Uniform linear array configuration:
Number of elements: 48
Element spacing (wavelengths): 0.25
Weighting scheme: exponential
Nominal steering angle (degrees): -30
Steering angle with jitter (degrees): -28.387
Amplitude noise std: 0.05
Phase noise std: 0.05

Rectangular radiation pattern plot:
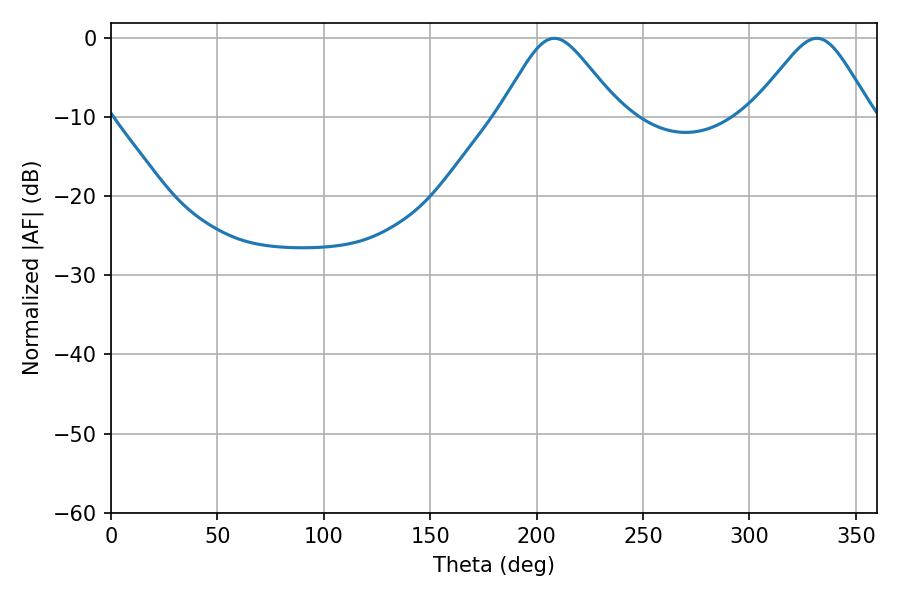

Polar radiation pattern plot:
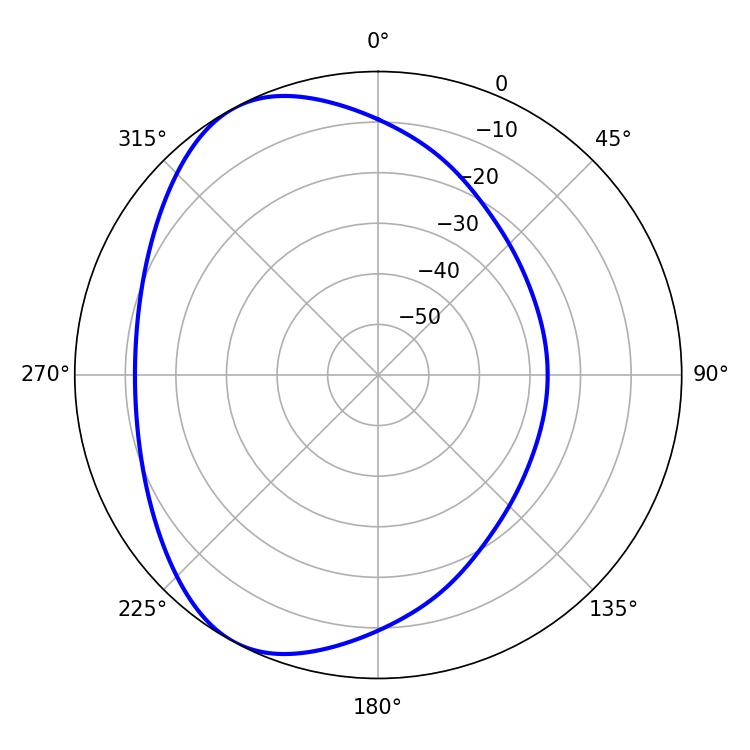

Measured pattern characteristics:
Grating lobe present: FALSE
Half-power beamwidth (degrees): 27.36
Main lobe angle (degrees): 331.74